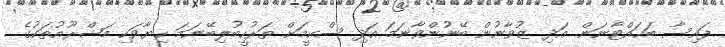
ފައިސާ ބަހައްޓާނަން. އަދި ޒުވާނުން ބޭނުންވާނަމަ އަދި ސްކީމަށް ތަރުހީބުލިބޭނަމަ ހިޔާވަހި މަޝްރޫއުތަކުގެ